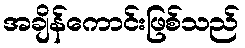
အချိန်ကောင်းဖြစ်သည်